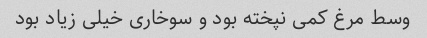
وسط مرغ کمی نپخته بود و سوخاری خیلی زیاد بود